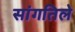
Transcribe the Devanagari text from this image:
सांगतिले